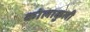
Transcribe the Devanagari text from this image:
कोलाकुली